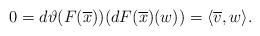
LaTeX: \begin{align*} 0=d\vartheta(F(\overline{x}))(dF(\overline{x})(w))=\langle\overline{v},w\rangle. \end{align*}